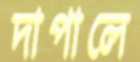
দাপালে